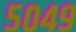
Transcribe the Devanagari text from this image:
५०४९